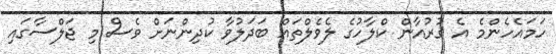
ހަމައެހެންމެ އެ ޤުރުއާން ކްލާހުގެ ލެވެލްތައް ބަދަލުވާ ކުދިންނަށް ވެސް މި ޖަލްސާގައި